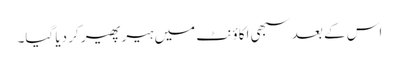
اس کے بعد سبھی اکاؤنٹ میں ہیر پھیر کر دیا گیا۔